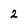
Character: 2